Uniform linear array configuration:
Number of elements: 24
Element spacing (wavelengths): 0.75
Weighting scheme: cosine
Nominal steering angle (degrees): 15
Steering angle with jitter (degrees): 13.863
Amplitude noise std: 0.05
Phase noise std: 0.05

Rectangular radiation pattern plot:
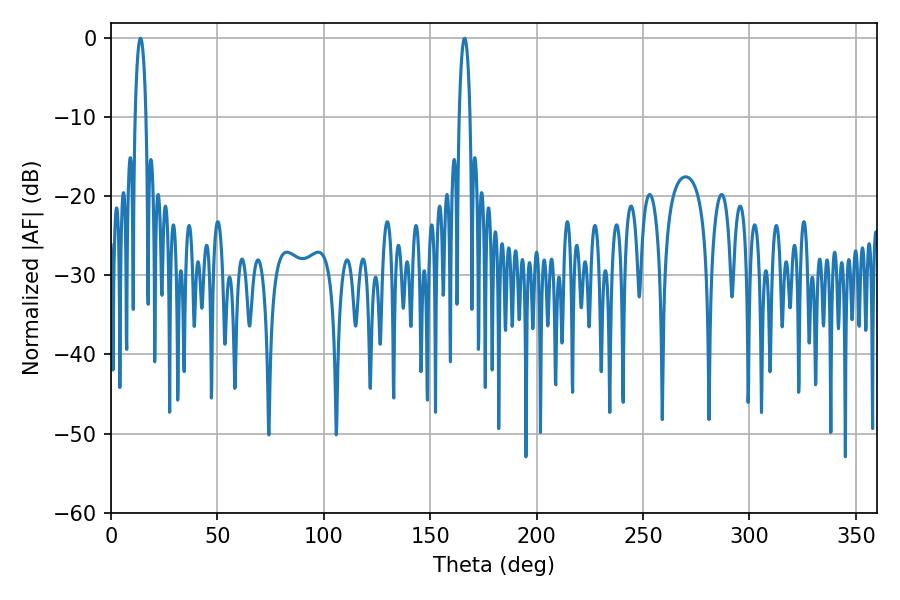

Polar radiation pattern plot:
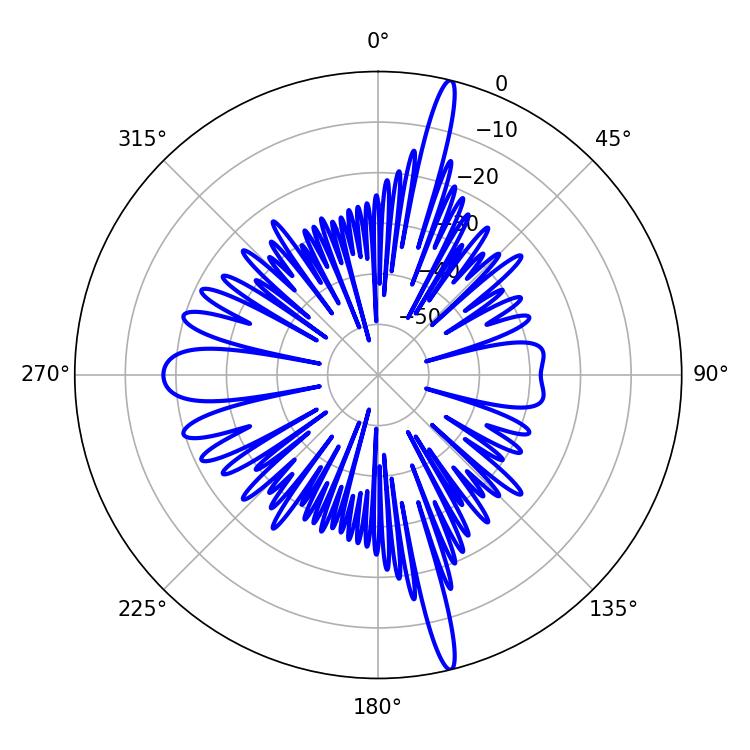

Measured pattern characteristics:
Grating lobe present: TRUE
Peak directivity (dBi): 19.701
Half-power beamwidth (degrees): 2.88
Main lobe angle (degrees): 166.14